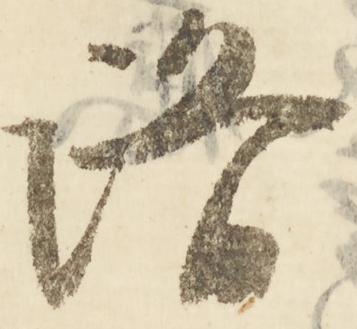
洛